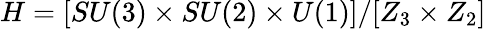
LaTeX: H=[SU(3)\times SU(2)\times U(1)]/[Z_{3}\times Z_{2}]